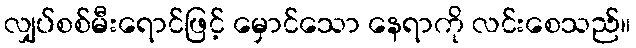
လျှပ်စစ်မီးရောင်ဖြင့် မှောင်သော နေရာကို လင်းစေသည်။